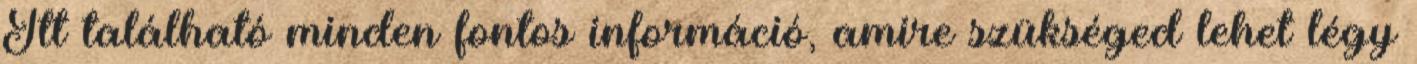
Itt található minden fontos információ, amire szükséged lehet légy